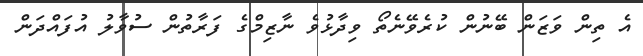
އެ ތިން ވަޒަން ބޭނުން ކުރެވޭނެތޯ ވިދާޅުވެ ނާޒިމްގެ ފަރާތުން ސުވާލު އުފައްދަން